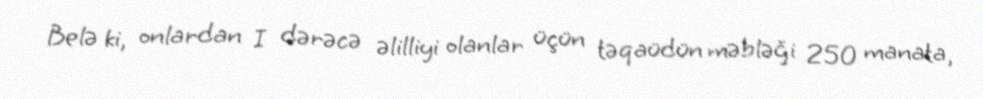
Belə ki, onlardan I dərəcə əlilliyi olanlar üçün təqaüdün məbləği 250 manata,